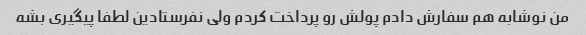
من نوشابه هم سفارش دادم پولش رو پرداخت کردم ولی نفرستادین لطفا پیگیری بشه